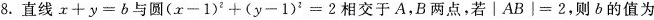
8.直线$$x+y=b$$与圆$$(x-1)^{2}+(y-1)^{2}=2$$相交于A，B两点，若$$│AB│=2$$，则b的值为